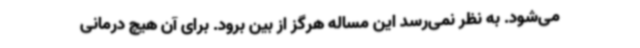
می‌شود. به نظر نمی‌رسد این مساله هرگز از بین برود. برای آن هیچ درمانی